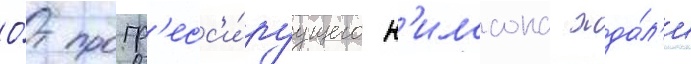
О́т прогр'есс'и́руущего н'илссона жда́л'и